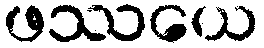
ဖဿယေ